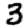
Digit: 3